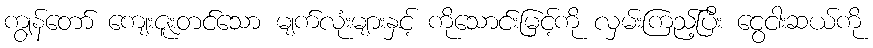
ကျွန်တော် ကျေးဇူးတင်သော မျက်လုံးများနှင့် ကိုသောင်းမြင့်ကို လှမ်းကြည့်ပြီး ငွေငါးဆယ်ကို